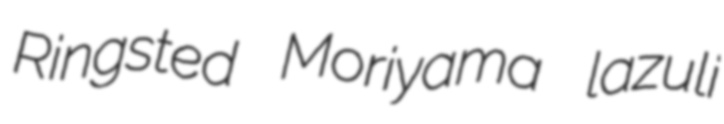
Ringsted Moriyama lazuli